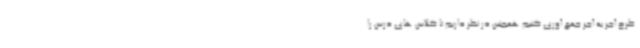
طرح آجر به آجر جمع آوری کنیم همچنین در نظر داریم تا کلاس های درس را